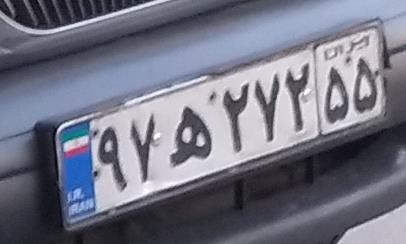
۹۷ه۲۷۲۵۵